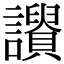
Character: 𧭾